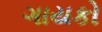
ગાયકો